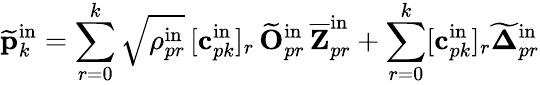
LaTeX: \widetilde{\mathbf{p}}_{k}^{\mathrm{in}}=\sum_{r=0}^{k}\sqrt{\rho_{pr}^{\mathrm{in}}}\, [\mathbf{c}_{pk}^{\mathrm{in}}]_{r}\, \widetilde{\mathbf{O}}_{pr}^{\mathrm{in}}\, \overline{{\mathbf{Z}}}_{pr}^{\mathrm{in}}+\sum_{r=0}^{k}[\mathbf{c}_{pk}^{\mathrm{in}}]_{r}\widetilde{\boldsymbol{\Delta}}_{pr}^{\mathrm{in}}